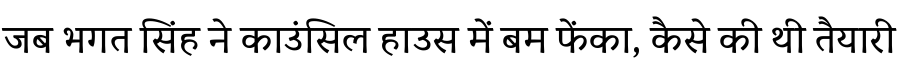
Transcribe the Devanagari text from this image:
जब भगत सिंह ने काउंसिल हाउस में बम फेंका, कैसे की थी तैयारी